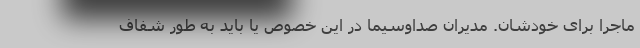
ماجرا برای خودشان. مدیران صداوسیما در این خصوص یا باید به طور شفاف